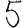
Digit: 5